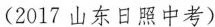
(2017山东日照中考)